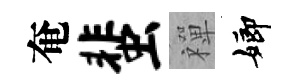
奄蜚禪嫏